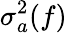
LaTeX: \sigma_{a}^{2}(f)